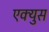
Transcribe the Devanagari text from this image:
एक्युस